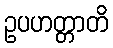
ဥပဟတ္တာတိ